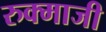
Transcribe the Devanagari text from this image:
रुक्माजी